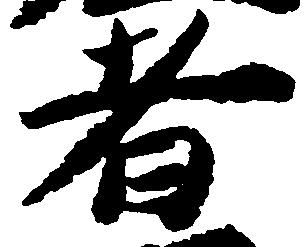
者